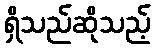
ရှိသည်ဆိုသည့်